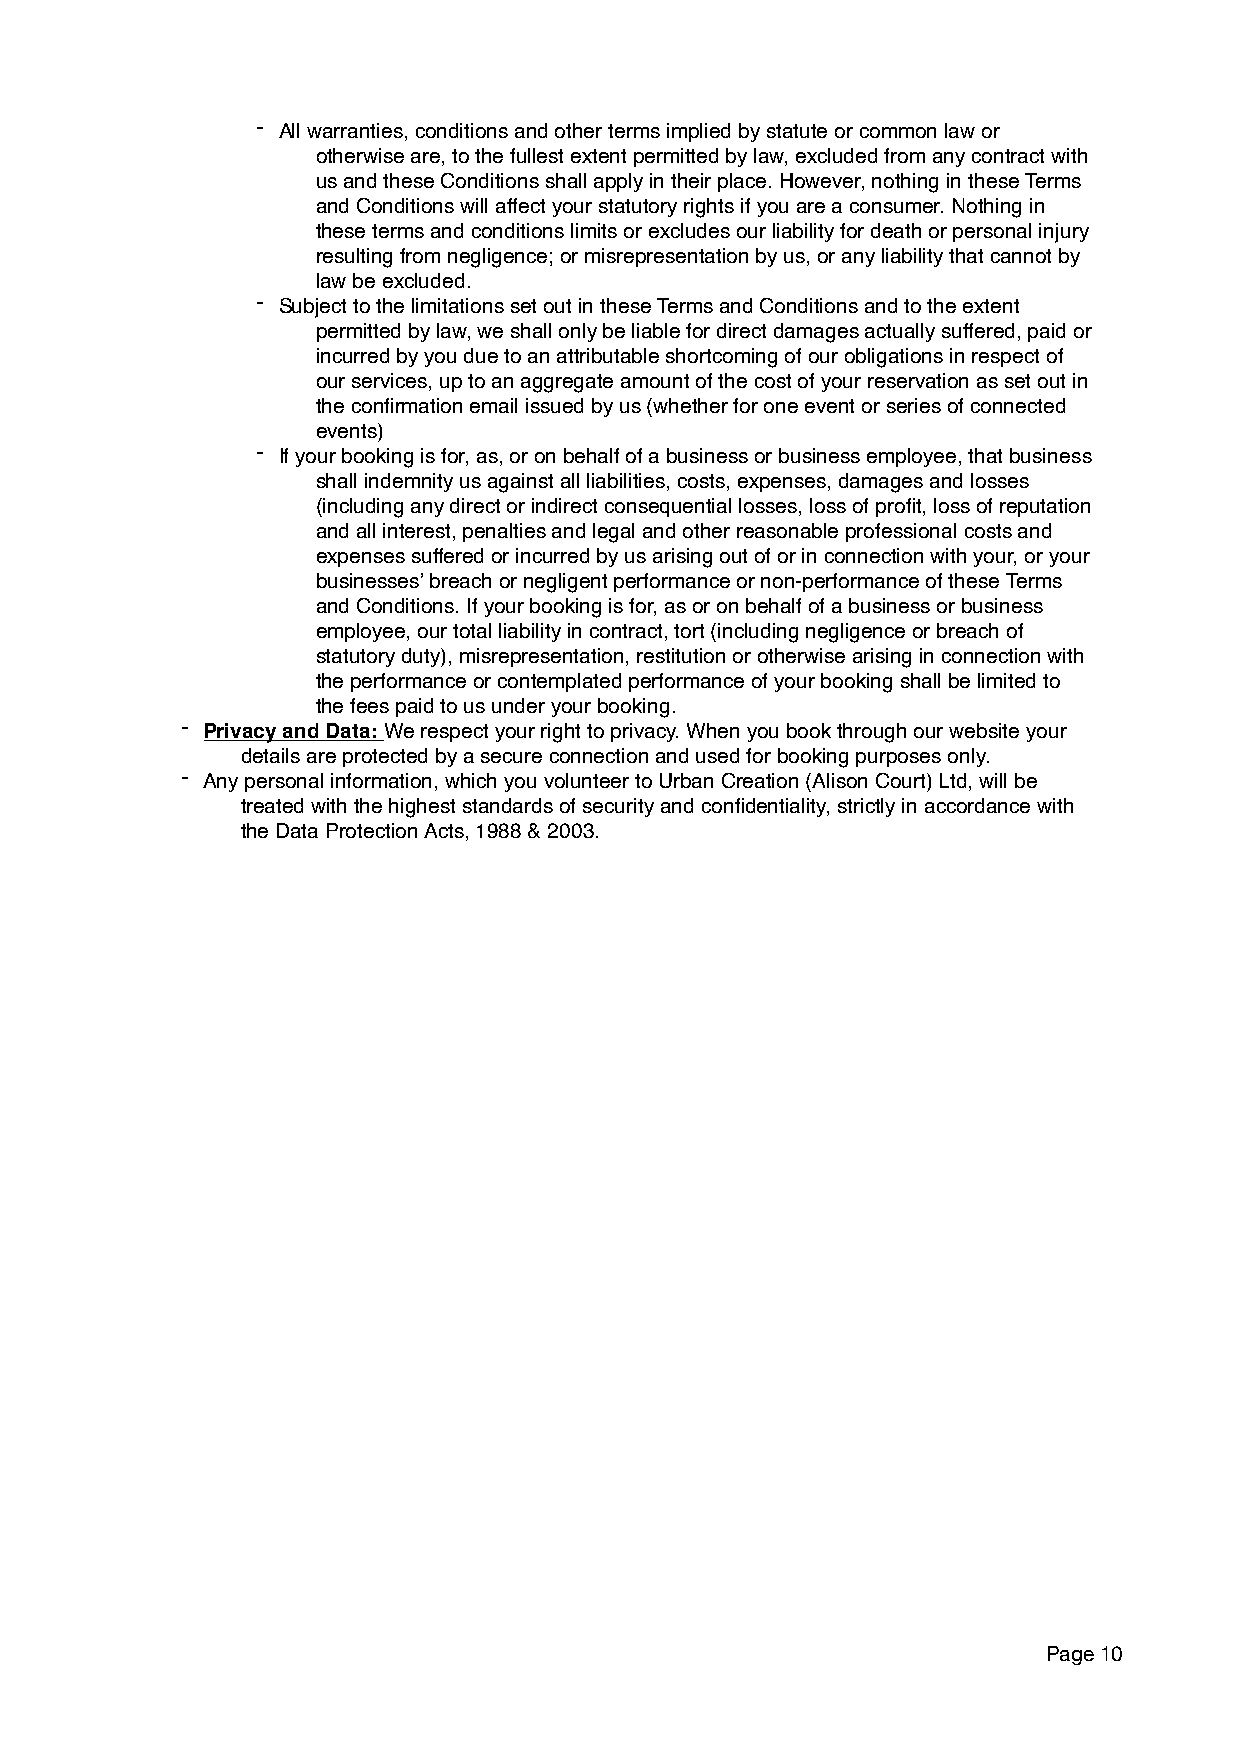
- All warranties, conditions and other terms implied by statute or common law or
 otherwise are, to the fullest extent permitted by law, excluded from any contract with
 us and these Conditions shall apply in their place. However, nothing in these Terms
 and Conditions will affect your statutory rights if you are a consumer. Nothing in
 these terms and conditions limits or excludes our liability for death or personal injury
 resulting from negligence; or misrepresentation by us, or any liability that cannot by
 law be excluded.
 - Subject to the limitations set out in these Terms and Conditions and to the extent
 permitted by law, we shall only be liable for direct damages actually suffered, paid or
 incurred by you due to an attributable shortcoming of our obligations in respect of
 our services, up to an aggregate amount of the cost of your reservation as set out in
 the confirmation email issued by us (whether for one event or series of connected
 events)
 - If your booking is for, as, or on behalf of a business or business employee, that business
 shall indemnity us against all liabilities, costs, expenses, damages and losses
 (including any direct or indirect consequential losses, loss of profit, loss of reputation
 and all interest, penalties and legal and other reasonable professional costs and
 expenses suffered or incurred by us arising out of or in connection with your, or your
 businesses’ breach or negligent performance or non-performance of these Terms
 and Conditions. If your booking is for, as or on behalf of a business or business
 employee, our total liability in contract, tort (including negligence or breach of
 statutory duty), misrepresentation, restitution or otherwise arising in connection with
 the performance or contemplated performance of your booking shall be limited to
 the fees paid to us under your booking.
 -
 Privacy and Data: We respect your right to privacy. When you book through our website your
 details are protected by a secure connection and used for booking purposes only.
 -
 Any personal information, which you volunteer to Urban Creation (Alison Court) Ltd, will be
 treated with the highest standards of security and confidentiality, strictly in accordance with
 the Data Protection Acts, 1988 & 2003.
 Page 10